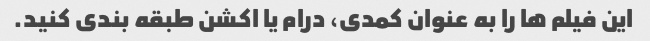
این فیلم ها را به عنوان کمدی، درام یا اکشن طبقه بندی کنید.